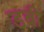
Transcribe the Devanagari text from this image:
डबी